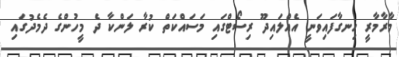
މާރާމާރީ ހިނގާފައިވަނީ އެއްލައިދޫ ރިސޯޓްގައި މަސައްކަތް ކުރާ ލަންކާ ދެ މީހުންގެ ދެމެދުގައި